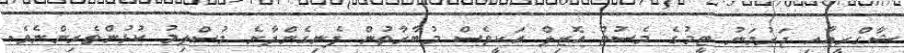
ޝާގްރީއާއި ޖަރުމަނު ޓީމުގެ މެސުޓް އޮޒިލް އަކީވެސް މުބާރާތުން ފެނިގެންދާނެ މުސްލިމު ކުޅުންތެރިންނެވެ.